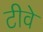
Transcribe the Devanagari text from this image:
टीवे